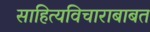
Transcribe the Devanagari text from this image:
साहित्यविचाराबाबत